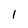
Character: l